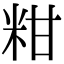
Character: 粓